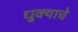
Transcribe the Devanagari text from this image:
धुक्याचे